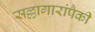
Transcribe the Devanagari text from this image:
सल्लागारांपैकी